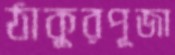
ঠাকুরপূজা